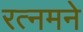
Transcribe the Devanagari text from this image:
रत्नमने